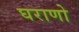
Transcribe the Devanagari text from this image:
घराणो